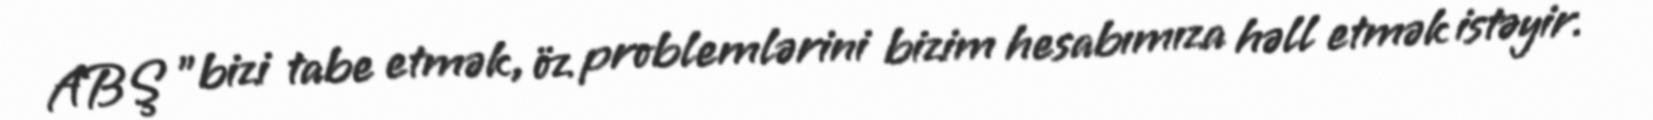
ABŞ "bizi tabe etmək, öz problemlərini bizim hesabımıza həll etmək istəyir.